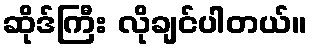
ဆိုဒ်ကြီး လိုချင်ပါတယ်။